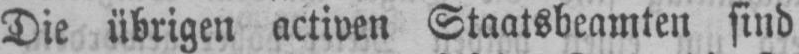
Die übrigen activen Staatsbeamten sind